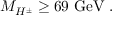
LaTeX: M _ { H ^ { \pm } } \geq 6 9 \mathrm { ~ G e V } \; .